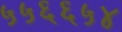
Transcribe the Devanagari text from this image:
५५६६५४